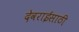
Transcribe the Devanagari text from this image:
देवराईसाठी